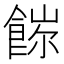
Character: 𩜖